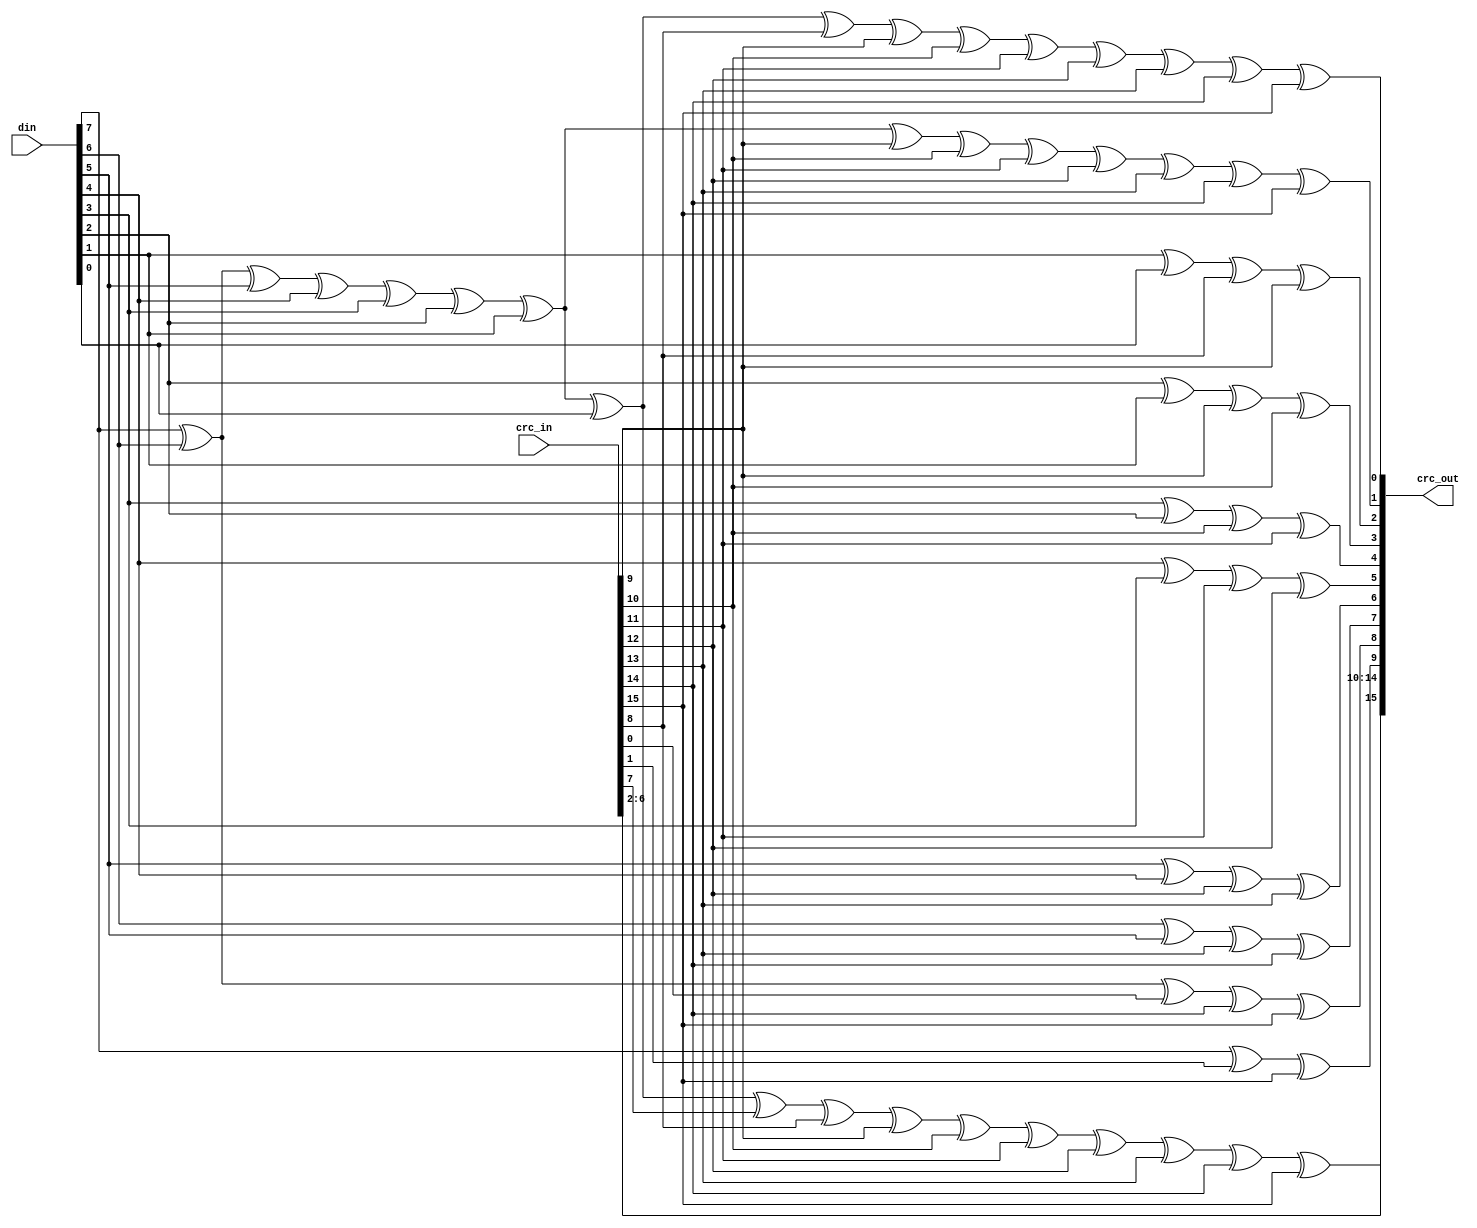
module usbf_crc16(crc_in, din, crc_out);
input	[15:0]	crc_in;
input	[7:0]	din;
output	[15:0]	crc_out;

assign crc_out = {crc_15, crc_14, crc_13, crc_12, crc_11, crc_10, crc_9, crc_8, crc_7, crc_6, crc_5, crc_4, crc_3, crc_2, crc_1, crc_0};

assign crc_0 =	din[7] ^ din[6] ^ din[5] ^ din[4] ^ din[3] ^
			din[2] ^ din[1] ^ din[0] ^ crc_in[8] ^ crc_in[9] ^
			crc_in[10] ^ crc_in[11] ^ crc_in[12] ^ crc_in[13] ^
			crc_in[14] ^ crc_in[15];
assign crc_1 =	din[7] ^ din[6] ^ din[5] ^ din[4] ^ din[3] ^ din[2] ^
			din[1] ^ crc_in[9] ^ crc_in[10] ^ crc_in[11] ^
			crc_in[12] ^ crc_in[13] ^ crc_in[14] ^ crc_in[15];
assign crc_2 =	din[1] ^ din[0] ^ crc_in[8] ^ crc_in[9];
assign crc_3 =	din[2] ^ din[1] ^ crc_in[9] ^ crc_in[10];
assign crc_4 =	din[3] ^ din[2] ^ crc_in[10] ^ crc_in[11];
assign crc_5 =	din[4] ^ din[3] ^ crc_in[11] ^ crc_in[12];
assign crc_6 =	din[5] ^ din[4] ^ crc_in[12] ^ crc_in[13];
assign crc_7 =	din[6] ^ din[5] ^ crc_in[13] ^ crc_in[14];
assign crc_8 =	din[7] ^ din[6] ^ crc_in[0] ^ crc_in[14] ^ crc_in[15];
assign crc_9 =	din[7] ^ crc_in[1] ^ crc_in[15];
assign crc_10 =	crc_in[2];
assign crc_11 =	crc_in[3];
assign crc_12 =	crc_in[4];
assign crc_13 =	crc_in[5];
assign crc_14 =	crc_in[6];
assign crc_15 =	din[7] ^ din[6] ^ din[5] ^ din[4] ^ din[3] ^ din[2] ^
			din[1] ^ din[0] ^ crc_in[7] ^ crc_in[8] ^ crc_in[9] ^
			crc_in[10] ^ crc_in[11] ^ crc_in[12] ^ crc_in[13] ^
			crc_in[14] ^ crc_in[15];

endmodule